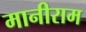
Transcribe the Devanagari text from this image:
मानीराम